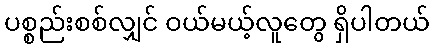
ပစ္စည်းစစ်လျှင် ဝယ်မယ့်လူတွေ ရှိပါတယ်